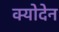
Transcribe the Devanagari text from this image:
क्योदेन